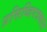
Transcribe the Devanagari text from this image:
प्रसिध्दिपत्रकात